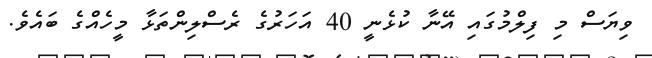
ވިޔަސް މި ފިލްމުގައި އޭނާ ކުޅެނީ 40 އަހަރުގެ ރެސްލިންތަޅާ މީހެއްގެ ބައެވެ.